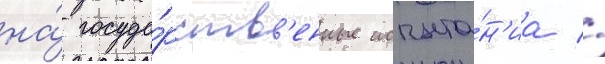
на́ госуда́рств'енные испыта́н'иа //